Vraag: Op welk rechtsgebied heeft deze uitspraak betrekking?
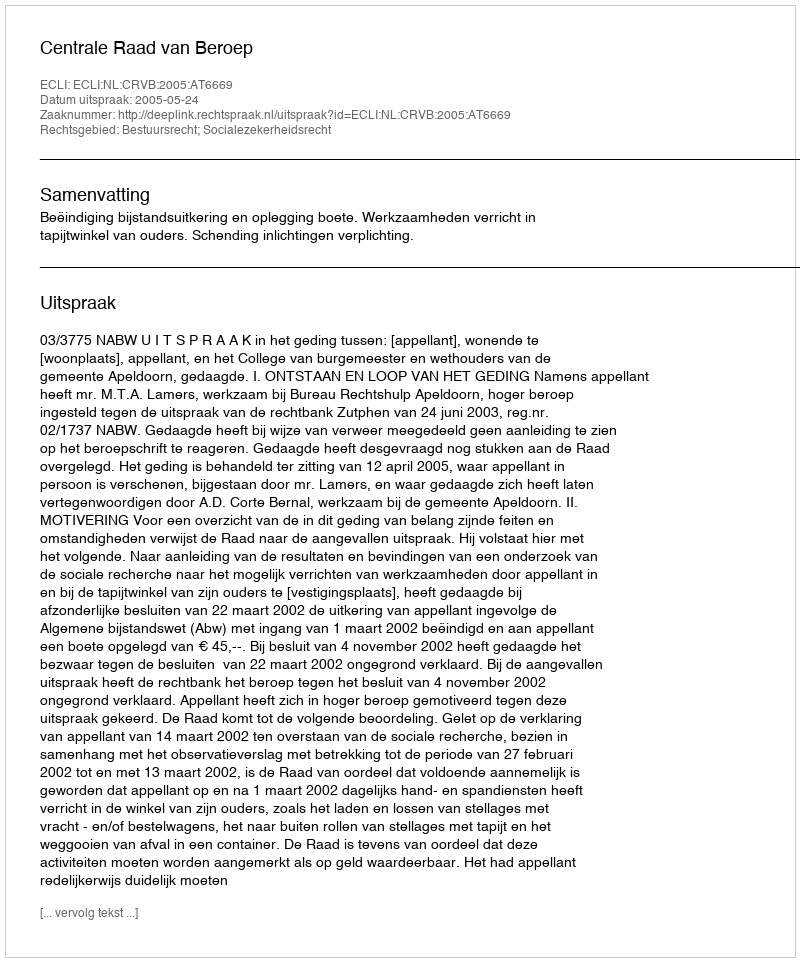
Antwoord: Bestuursrecht; Socialezekerheidsrecht